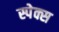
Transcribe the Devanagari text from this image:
स्पेक्स